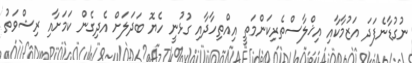
ނުގުޑާނެފަދަ އަޒުމާކާއި އިޚްލާސްތެރިކަންމަތީ އިއްތިހާދާއި ގުޅުނީ ހެޔޮ ބަދަލަށް އެދިގެން ކަމަށާއި ރިޝްވަތު